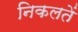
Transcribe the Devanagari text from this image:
निकलतें